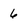
Character: 6